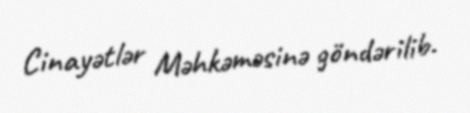
Cinayətlər Məhkəməsinə göndərilib.